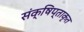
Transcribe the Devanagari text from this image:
संक्षिप्ताकृत